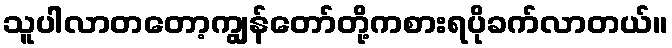
သူပါလာတတော့ကျွန်တော်တို့ကစားရပိုခက်လာတယ်။